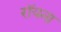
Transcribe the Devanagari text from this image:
रॉयना